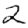
Digit: 2